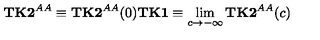
{ \bf T K 2 } ^ { A A } \equiv { \bf T K 2 } ^ { A A } ( 0 ) { \bf T K 1 } \equiv \lim _ { c \rightarrow - \infty } { \bf T K 2 } ^ { A A } ( c )